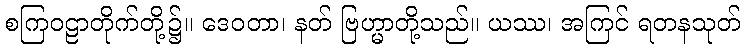
စကြဝဠာတိုက်တို့၌။ ဒေဝတာ၊ နတ် ဗြဟ္မာတို့သည်။ ယဿ၊ အကြင် ရတနသုတ်